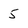
Character: 5